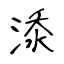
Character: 𣷹